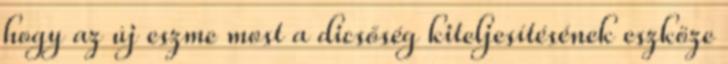
hogy az új eszme most a dicsőség kiteljesítésének eszköze